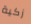
زكية